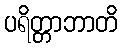
ပရိတ္တာဘာတိ